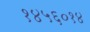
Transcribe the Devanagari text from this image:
१४५६०१४